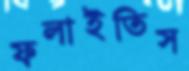
ফলাইতিস